Insane asylums in Bengal annual reports 1876-1887 - 1876-1887
Year: 1876
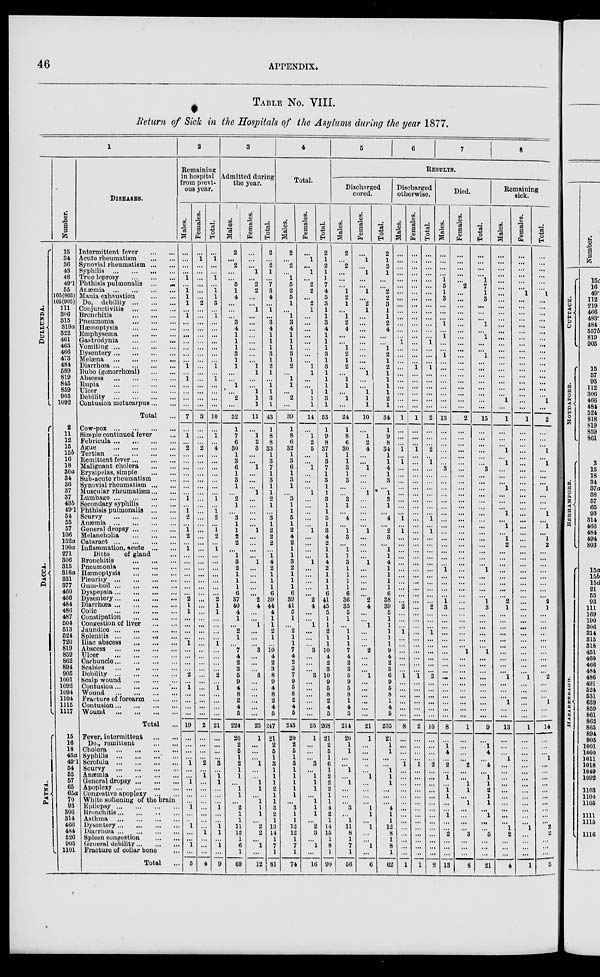
46
APPENDIX.
TABLE No. VIII.
Return of Sick in the Hospitals of the Asylums during the year 1877.
1
DULLUNDA.
DACCA.
PATNA.
Number.
15
34
36
43
48
49.1
55
105(803)
105(905)
111
306
315
319a
322
461
463
466
473
484
589
819
845
859
905
1092
2
11
12
15
15b
16
18
30a
34
36
37
37
43b
49.1
54
55
57
106
152a
190a
271
306
315
318a
331
377
460
466
484
486
487
504
513
524
720
819
859
862
894
905
1001
1092
1094
1104
1115
1117
15
16
18
43a
49.1
54
55
57
65
65a
70
93
306
314
466
484
526
905
1101
DISEASES.
Intermittent fever
...
...
Acute rheumatism
...
...
Synovial rheumatism
...
...
Syphilis
...
...
...
...
True
leprosy...
...
...
Phthisis pulmonalis
...
...
Anæmia
...
...
...
...
Mania exhaustion
...
...
Do. debility
...
...
...
Conjunctivitis
...
...
...
Bronchitis
...
...
...
Pneumonia
...
...
...
Hæmoptysis
...
...
...
Emphysema
...
...
...
Gastrodynia
...
...
...
Vomiting
...
...
...
...
Dysentery ... ... ... ...
Melæna
...
...
...
...
Diarrhœa
...
...
...
...
Bubo (gonorrhœal)
...
...
Abscess
...
...
...
...
Rupia
...
...
...
...
Ulcer
...
...
...
...
Debility
...
...
...
...
Contusion metacarpus ... ...
Total ...
Cow-pox
...
...
...
...
Simple continued fever ...
Febricula
...
...
...
...
Ague
...
...
...
...
Tertian
...
...
...
...
Remittent fever
...
...
...
Malignant cholera
...
...
Erysipelas, simple
...
...
Sub-acute rheumatism ...
Synovial rheumatism
...
...
Muscular rheumatism ... ...
Lumbago
...
...
...
...
Secondary syphilis
...
...
Phthisis pulmonalis
...
...
Scurvy
...
...
...
...
Anæmia
...
...
...
...
General dropsy
...
...
...
Melancholia
...
...
...
Cataract
...
...
...
...
Inflammation, acute
...
...
Ditto
of gland ...
Bronchitis
...
...
...
Pneumonia
...
...
...
Hæmoptysis
...
...
...
Pleurisy
...
...
...
...
Gum-boil
...
...
...
...
Dyspepsia
...
...
...
...
Dysentery
...
...
...
...
Diarrhœa
...
...
...
...
Colic
...
...
...
...
Constipation
...
...
...
Congestion of liver
...
...
Jaundice
...
...
...
...
Splenitis
...
...
...
...
Iliac abscess
...
...
...
Abscess
...
...
...
...
Ulcer
...
...
...
...
Carbuncle
...
...
...
...
Scabies
...
...
...
...
Debility ... ... ... ...
Scalp wound
...
...
...
Contusion ... ... ... ...
Wound
...
...
...
...
Fracture of forearm
...
...
Contusion
...
...
...
...
Wound
...
...
...
...
Total ...
Fever, intermittent
...
...
Do., remittent
...
...
Cholera
...
...
...
...
Syphilis ... ... ... ...
Scrofula
...
...
...
...
Scurvy
...
...
...
...
Anæmia
...
...
...
...
General dropsy
...
...
...
Apoplexy
...
...
...
...
Congestive apoplexy ... ...
White softening or the brain
Epilepsy
...
...
...
...
Bronchitis
...
...
...
...
Asthma
...
...
...
...
Dysentery
...
...
...
...
Diarrhœa
...
...
...
...
Spleen congestion ... ...
General debility
...
...
...
Fracture of collar bone ...
Total ...
2
Remaining
in hospital
from previ-
ous year.
Males.
...
...
...
...
1
...
1
1
1
...
1
...
...
...
...
...
...
...
1
...
1
...
...
...
...
7
...
1
..
2
...
...
...
...
...
...
...
1
...
1
2
...
1
2
...
1
...
...
...
...
...
...
...
2
1
1
...
...
...
...
1
...
...
...
...
2
...
1
...
...
...
...
19
...
...
...
...
1
...
...
1
...
...
...
1
...
...
1
...
...
1
...
5
Females.
...
1
...
...
...
...
...
...
2
...
...
...
...
...
...
...
...
...
...
...
...
...
...
...
...
3
...
...
...
2
...
...
...
...
...
...
...
...
...
...
...
...
...
...
...
...
...
...
...
...
...
...
...
...
...
...
...
...
... ...
...
...
... ...
...
...
...
...
...
...
...
...
2
...
...
...
...
2
...
1
...
...
...
...
...
...
...
...
1
...
...
...
4
Total.
...
1
...
...
1
...
1
1
3
...
1 ...
...
...
...
...
...
...
1
...
1
...
...
...
...
10
...
1
...
4
...
...
...
...
...
...
...
1
...
1
2
...
1
2
...
1
...
...
...
...
...
...
...
2
1
1
...
...
...
...
1
...
...
...
...
2
...
1 ...
...
...
...
21
...
...
...
...
3
...
1
1
...
...
...
1
...
...
1
1
...
1
...
9
3
Admitted during
the year.
Males.
2
...
2
... ...
5
1
4
...
...
...
3
4
1
1
1
3
1
1
...
...
1
...
2
...
32
1
7
6
30
1
3
6
1
3
1
...
2
1
...
3
1
1
2
2
...
1
3
2
1
1
1
6
37
40
4
1
...
2
1
...
7
4
2
3
5
9
4
8
2
4
5
224
20
2
5
1
2
1
1
...
1
1
...
2
1
1
11
12
1
6
1
69
Females.
...
...
...
1 ...
2
2
...
...
1
...
...
...
...
...
...
...
...
1
1
...
...
1
1
1
11
...
1
2
3
...
...
1
...
...
...
1
...
...
...
...
...
1
...
...
...
...
1
...
...
...
...
...
2
4
...
...
1
...
...
...
3
...
...
...
3
...
...
...
...
...
...
23
1
...
...
...
1
...
...
...
1
...
1
1
1
...
2
2
...
1
...
12
Total.
2
...
...
1
...
7
3
4
...
1
...
3
4
1
1
1
3
1
2
1
...
1
1
3
1
43
1
8
8
33
1
3
7
1
3
1
1
2
1
...
3
1
2
2
2
...
1 4
2
1
1
1
6
39
44
4
1
1
2
1
...
10
4
2
3
8
9
4
8
2
4
5
247
21
2
5
1
3
1
1
1
2
1
1
3
2
1
13
14
1
7
1
81
4
Total.
Males.
2
...
2
...
1
5
2
5
1
...
1
3
4
1
1
1
3
1
2
...
1
1
...
2
...
39
1
8
6
32
1
3
6
1
3
1
...
3
1
1
5
1
2
4
2
1
1
3
2
1
1
1
6
39
41
5
1
...
2
1
1
7
4
2
3
7
9
5
8
2
4
5
243
20
2
5
1
3
1
1
1
1
1
...
3
1
1
12
12
1
7
1
74
Females.
...
1
...
1
...
2
2
...
2
1
...
...
...
...
...
...
...
...
1
1
...
...
1
1
1
14
...
1
2
5
...
...
1
...
...
...
1
...
...
...
...
...
1
...
...
...
...
1
...
...
...
...
...
2
4
...
...
1
...
...
...
3
...
...
...
3
...
...
...
...
...
...
25
1
...
...
...
3
...
1
1
1
...
1
1
1
...
2
3
...
1
...
16
Total.
2
1
2
1
1
7
4
5
3
1
1
3
4
1
1
1
3
1
3
1
1
1
1
3
1
53
1
9
8
37
1
3
7
1
3
1
1
3
1
1
5
1
3
4
2
1
1
4
2
1
1
1
6
41
45
5
1
1
2
1
1
10
4
2
3
10
9
5
8
2
4
5
268
21
2
5
1
6
1
2
2
2
1
1
4
2
1
14
15
1
8
1
90
5
6
7
8
RESULTS.
Discharged
cured.
Males.
2
...
2
...
...
...
1
2
1
...
1
2
4
...
...
1
2
1
2
...
1
1
...
1
...
24
1
8
6
30
1
1
3
1
3
...
...
3
1
...
4
...
1
3
...
1
1
3
1
1
1
1
6
36
35
5
1
...
1
1
1
7
4
2
3
5
9
5
8
1
4
5
214
20
1
1
...
...
1
...
1
...
...
...
3
...
1
11
8
1
7
1
56
Females.
...
1
...
1 ...
...
1
...
2
1
...
...
...
...
...
...
...
...
...
1
...
...
1
1
1
10
...
1
2
4
...
...
1
...
...
...
1
...
...
...
...
...
1
...
...
...
...
1
...
...
...
...
...
2
4
...
...
1
...
...
...
2
...
...
...
1
...
...
...
...
...
...
21
1
...
...
...
...
...
1
...
...
...
...
1
1
...
1
...
...
1
...
6
Total.
2
1
2
1
...
...
2
2
3
1
1
2
4
...
...
1
2
1
2
1
1
1
1
2
1
34
1
9
8
34
1
1
4
1
3
...
1
3
1
...
4
...
2
3
...
1
1
4
1
1
1
1
6
38
39
5
1
1
1
1
1
9
4
2
3
6
9
5
8
1
4
5
235
21
1
1
...
...
1
1
1
...
...
...
4
1
1
12
8
1
8
1
62
Discharged
otherwise.
Males.
...
...
...
...
...
...
...
...
...
...
...
...
...
...
1
...
...
...
...
...
...
...
...
...
...
1
...
...
...
1
...
1
...
...
...
...
...
...
...
...
1
...
1
...
...
...
...
...
...
...
...
...
...
...
2
...
...
...
1
...
...
...
...
...
...
1
...
...
...
...
...
...
8
...
...
...
...
1
...
...
...
...
...
...
...
...
...
...
...
...
...
...
1
Females.
...
...
...
...
...
...
...
...
...
...
...
...
...
...
...
...
...
...
1
...
...
...
...
...
...
1
...
...
...
1
...
...
...
...
...
...
...
...
...
...
...
...
...
...
...
...
...
...
...
...
...
...
...
...
...
...
...
...
...
...
...
...
...
...
...
1
...
...
...
...
...
...
2
...
...
...
...
1
...
...
...
...
...
...
...
...
...
...
...
...
...
...
1
Total.
...
...
...
...
...
...
...
...
...
...
...
...
...
...
1
...
...
...
1
...
...
...
...
...
...
2
...
...
...
2
...
1
...
...
...
...
...
...
...
...
1
...
1
...
...
...
...
...
...
...
...
...
...
...
2
...
...
...
1
...
...
...
...
...
...
2
...
...
...
...
...
...
10
...
...
...
...
2
...
...
...
...
...
...
...
...
...
...
...
...
...
...
2
Died.
Males.
...
...
...
...
1
5
1
3
...
...
...
1
...
1
...
...
1
...
...
...
...
...
...
...
...
13
...
...
...
...
...
...
3
...
...
...
...
...
...
...
...
...
...
...
...
...
...
...
1
...
...
...
...
1
3
...
...
...
...
...
...
...
...
...
...
...
...
...
...
...
...
...
8
...
1
4
...
2
...
1
...
1
1
...
...
1
...
...
2
...
...
...
13
Females.
...
...
...
...
...
2
...
...
...
...
...
...
...
...
...
...
...
...
...
...
...
...
...
...
...
2
...
...
...
...
...
...
...
...
...
...
...
...
...
...
...
...
...
...
...
...
...
...
...
...
...
...
...
...
...
...
...
...
...
...
...
1
...
...
...
...
...
...
...
...
...
...
1
...
...
...
...
2
...
...
1
1
...
1
...
...
...
...
3
...
...
...
8
Total.
...
...
...
...
1
7
1
3
...
...
...
1
...
1
...
...
1
...
...
...
...
...
...
...
...
15
...
...
...
...
...
...
3
...
...
...
...
...
...
...
...
...
...
...
...
...
...
...
1
...
...
...
...
1
3
...
...
...
...
...
...
1
...
...
...
...
...
...
...
...
...
...
9
...
1
4
...
4
...
1
1
2
1
1
...
1
...
...
5
...
...
...
21
Remaining
sick.
Males.
...
...
...
...
...
...
...
...
...
...
...
...
...
...
...
...
...
...
...
...
...
...
...
1
...
1
...
...
...
1
...
1
...
...
...
1
...
...
...
1
...
1
...
1
2
...
...
...
...
...
...
...
...
2
1
...
...
...
...
...
...
...
...
...
...
1
...
...
...
1
...
...
13
...
...
...
1
...
...
...
...
...
...
...
...
...
...
1
2
...
...
...
4
Females.
...
...
...
...
...
...
1
...
...
...
...
...
...
...
...
...
...
...
...
...
...
...
...
...
...
1
...
...
...
...
...
...
...
...
...
...
...
...
...
...
...
...
...
...
...
...
...
...
...
...
...
...
...
...
...
...
...
...
...
...
...
...
...
...
...
1
...
...
...
...
...
...
1
...
...
...
...
...
...
...
...
...
...
...
...
...
...
1
...
...
...
...
1
Total.
...
...
...
...
...
...
1
...
...
...
...
...
...
...
...
...
...
...
...
...
...
...
...
1
...
2
...
...
...
1
...
1
...
...
...
1
...
...
...
1
...
1
...
1
2
...
...
...
...
...
...
...
...
2
1
...
...
...
...
...
...
...
...
...
...
2
...
...
...
1
...
...
14
...
...
...
1
...
...
...
...
...
...
...
...
...
...
2
2
...
...
...
5